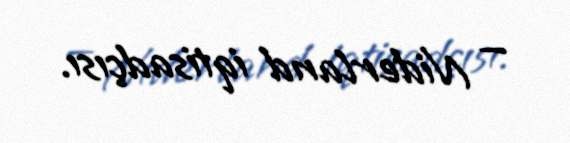
— Niderland iqtisadçısı.